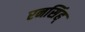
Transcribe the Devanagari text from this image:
रनसिंह्